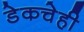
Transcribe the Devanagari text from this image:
डेकचेही